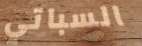
السباتي